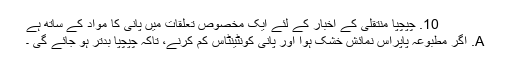
10. چپچپا منتقلی کے اخبار کے لئے ایک مخصوص تعلقات میں پانی کا مواد کے ساتھ ہے
A. اگر مطبوعہ پاپراس نمائش خشک ہوا اور پانی کونٹینٹاس کم کرنے، تاکہ چپچپا بدتر ہو جائے گی ۔